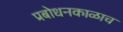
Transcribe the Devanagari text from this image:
प्रबोधनकाळाच